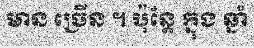
មាន ច្រើន ។ ប៉ុន្តែ ក្នុង ឆ្នាំ